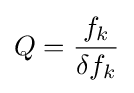
Q={\frac {f_{k}}{\delta f_{k}}}